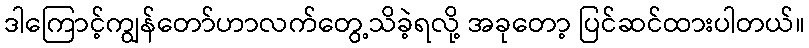
ဒါကြောင့်ကျွန်တော်ဟာလက်တွေ့သိခဲ့ရလို့ အခုတော့ ပြင်ဆင်ထားပါတယ်။